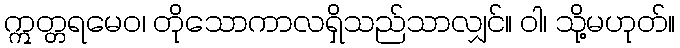
ဣတ္တရမေဝ၊ တိုသောကာလရှိသည်သာလျှင်။ ဝါ၊ သို့မဟုတ်။